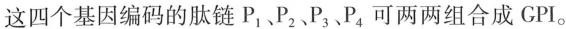
这四个基因编码的肽链P_{1}、 P_{2}、P_{3}、P_{4} 可两两组合成GPI。